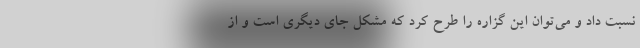
نسبت داد و می‌توان این گزاره را طرح کرد که مشکل جای دیگری است و از